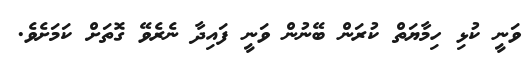
ވަނީ ކުޅި ހިމާޔަތް ކުރަން ބޭނުން ވަނީ ފައިދާ ނެރެވޭ ގޮތަށް ކަމަށެވެ.